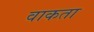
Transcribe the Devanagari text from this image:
वाकता